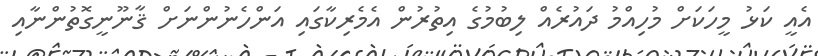
އެއީ ކަޅު މީހަކަށް މުހިއްމު ދައުރެއް ލިބުމުގެ އިތުރުން އެމެރިކާގައި އަންހެނުންނަށް ޤާނޫނީގޮތުންނާއި